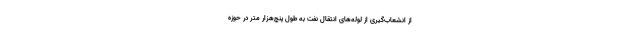
از انشعاب‌گیری از لوله‌های انتقال نفت به طول پنج‌هزار متر در حوزه